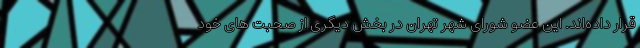
قرار داده‌اند. این عضو شورای شهر تهران در بخش دیگری از صحبت های خود